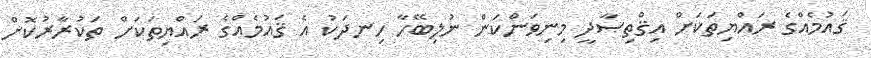
ޤައުމެއްގެ ރައްޔިތަކަށް އިޤްތިޞާދީ މިނިވަންކަން ނުލިބޭހާ ހިނދަކު އެ ޤައުމެއްގެ ރައްޔިތަކަށް ތަކުރާރުކޮށް